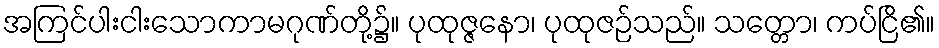
အကြင်ပါးငါးသောကာမဂုဏ်တို့၌။ ပုထုဇ္ဇနော၊ ပုထုဇဉ်သည်။ သတ္တော၊ ကပ်ငြိ၏။